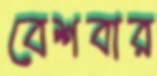
বেশবার